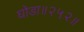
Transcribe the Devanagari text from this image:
घोडा॥२५२॥